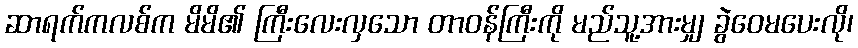
ဆာရက်ကလစ်က မိမိ၏ ကြီးလေးလှသော တာဝန်ကြီးကို မည်သူ့အားမျှ ခွဲဝေမပေးလို၊